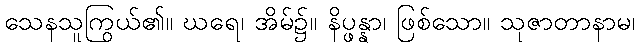
သေနသူကြွယ်၏။ ဃရေ၊ အိမ်၌။ နိပ္ဖန္နာ၊ ဖြစ်သော။ သုဇာတာနာမ၊